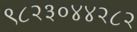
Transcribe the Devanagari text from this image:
९८२३०४४२८२